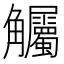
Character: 𲁠